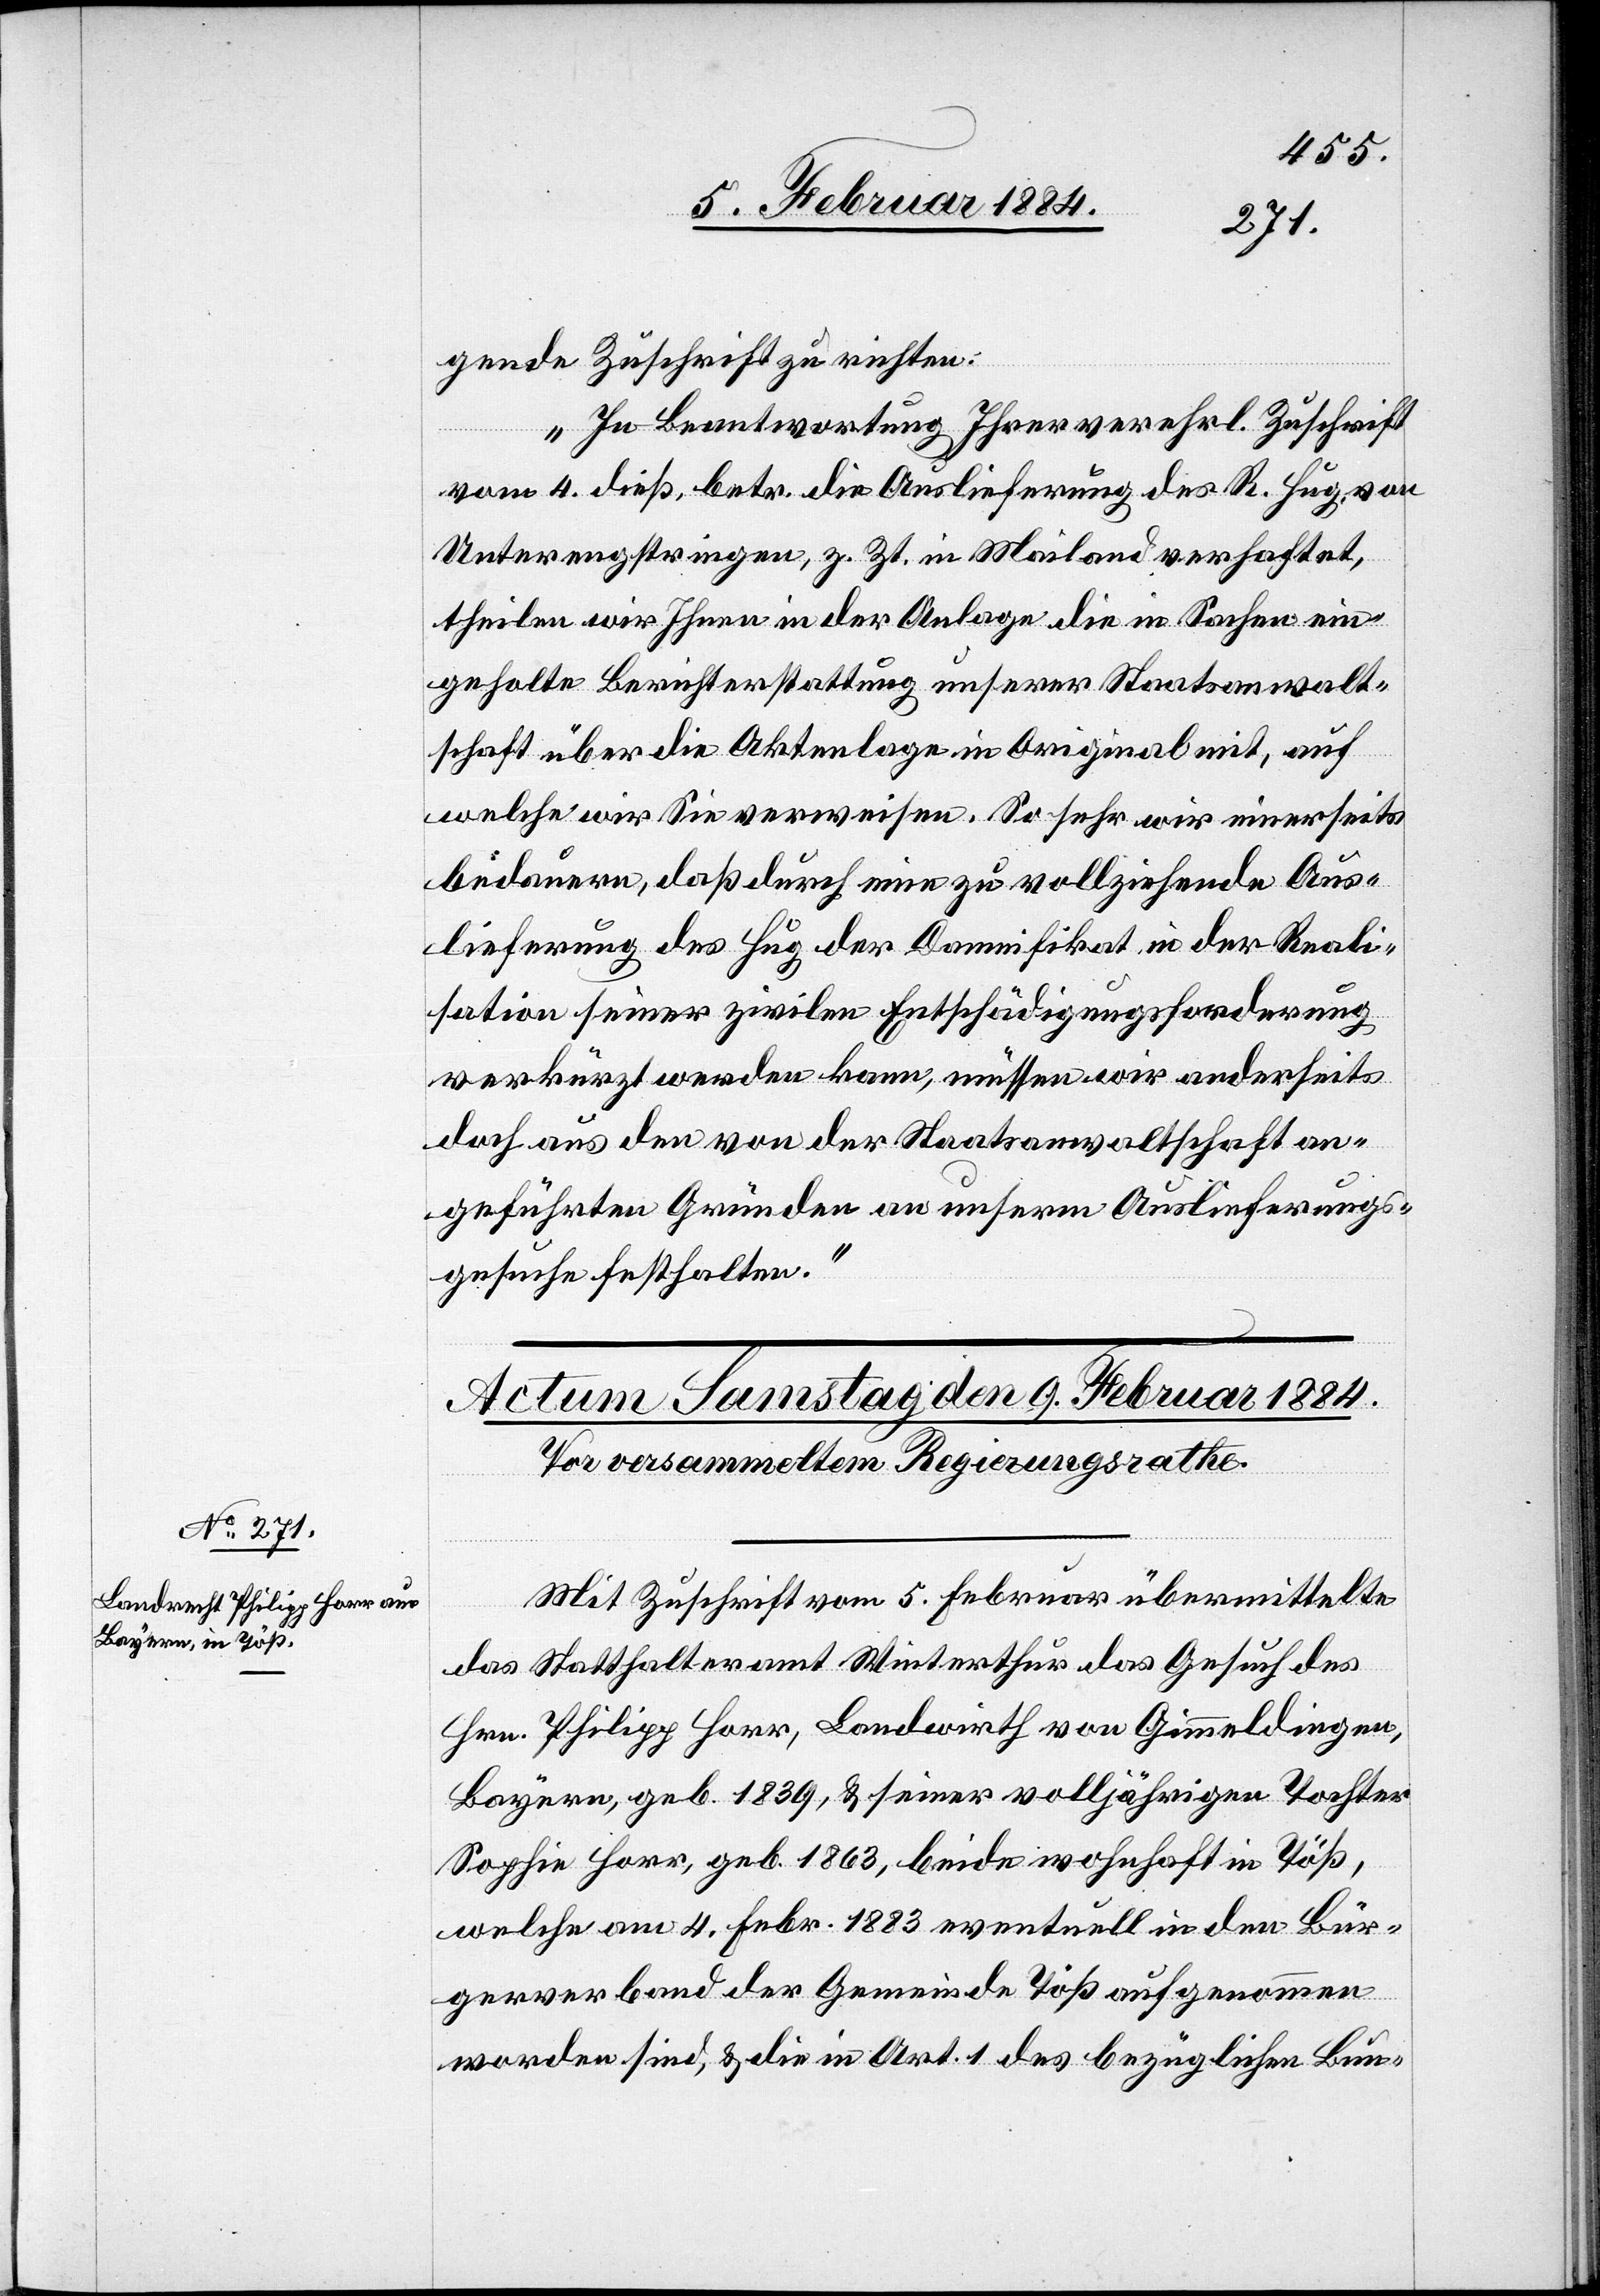
gende Zuschrift zu richten:
„In Beantwortung Ihrer verehrl. Zuschrift
vom 4. dieß, betr. die Auslieferung des R. Hug, von
Unterengstringen, z. Zt. in Mailand verhaftet,
theilen wir Ihnen in der Anlage die in Sachen ein¬
geholte Berichterstattung unserer Staatsanwalt¬
schaft über die Aktenlage in Original mit, auf
welche wir Sie verweisen. So sehr wir einerseits
bedauern, daß durch eine zu vollziehende Aus¬
lieferung des Hug der Damnifikat in der Reali¬
sation seiner zivilen Entschädigungsforderung
verkürzt werden kann, müssen wir anderseits
doch aus den von der Staatsanwaltschaft an¬
geführten Gründen an unserem Auslieferungs¬
gesuche festhalten.“
Mit Zuschrift vom 5. Februar übermittelte
das Statthalteramt Winterthur das Gesuch des
Hrn. Philipp Horr, Landwirth von Gimmeldingen,
Bayern, geb. 1839, & seiner volljährigen Tochter
Sophie Horr, geb. 1863, beide wohnhaft in Töß,
welche am 4. Febr. 1883 eventuell in den Bür¬
gerverband der Gemeinde Töß aufgenommen
worden sind, & die in Art. 1 des bezüglichen Bun-